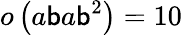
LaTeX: o\left(a\mathsf{b}a\mathsf{b}^{2}\right)=10